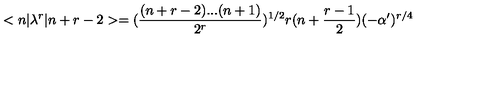
< n | \lambda ^ { r } | n + r - 2 > = ( \frac { ( n + r - 2 ) . . . ( n + 1 ) } { 2 ^ { r } } ) ^ { 1 / 2 } r ( n + \frac { r - 1 } { 2 } ) ( - \alpha ^ { \prime } ) ^ { r / 4 }